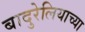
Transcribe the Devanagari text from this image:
बादुरेलियाच्या